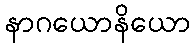
နာဂယောနိယော